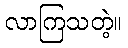
လာကြသတဲ့။